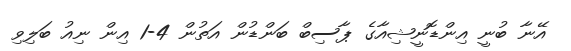
އޭނާ ބުނީ އިންޑޮނީޝިއާގެ ޕާސިބް ބަންޑުން އަތުން 4-1 އިން ނިއު ބަލިވި